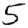
Digit: 5